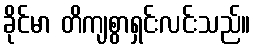
ခိုင်မာ တိကျစွာရှင်းလင်းသည်။